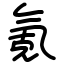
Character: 氪